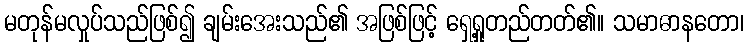
မတုန်မလှုပ်သည်ဖြစ်၍ ချမ်းအေးသည်၏ အဖြစ်ဖြင့် ရှေ့ရှုတည်တတ်၏။ သမာဓာနတော၊